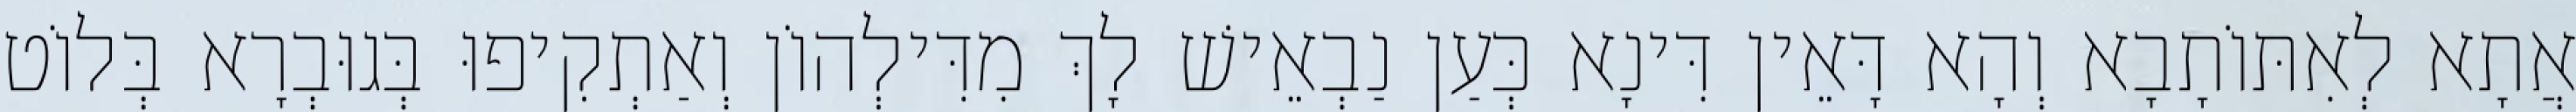
אֲתָא לְאִתּוֹתָבָא וְהָא דָּאֵין דִּינָא כְּעַן נַבְאֵישׁ לָךְ מִדִּילְהוֹן וְאַתְקִיפוּ בְּגוּבְרָא בְּלוֹט